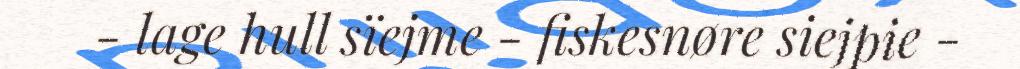
- lage hull sïejme - fiskesnøre siejpie -